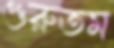
গুরুতম